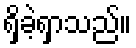
ရှိခဲ့ရှာသည်။